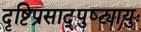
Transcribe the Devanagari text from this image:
दृष्टिप्रसाद्पुष्ट्यायुः